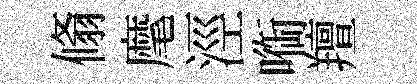
翛麾涇㗸羶